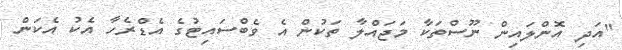
"އަދި އޮންލައިން ނޫސްތަކާ މަޖައްލާ ތަކުން އެ ވެބްސައިޓުގެ އެޑްރެހާ އެކު އެކަން